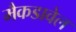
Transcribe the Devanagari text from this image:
मैकडावेल